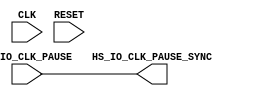
// *********************************************************************/ 
// Copyright (c) 2019 Microsemi Corporation.  All rights reserved.  
// 
// Any use or redistribution in part or in whole must be handled in 
// accordance with the Microsemi license agreement and must be approved 
// in advance in writing.  
//  
//     
// *********************************************************************


module DDR3_0_DDRPHY_BLK_LANE_0_CTRL_PF_LANECTRL_PAUSE_SYNC( CLK, RESET, HS_IO_CLK_PAUSE, HS_IO_CLK_PAUSE_SYNC );
	
	input CLK, RESET, HS_IO_CLK_PAUSE;
	output HS_IO_CLK_PAUSE_SYNC;

	parameter ENABLE_PAUSE_EXTENSION = 2'b00;

	reg pause_reg_0, pause_reg_1, pause;
	wire pause_sync_0_i;

	generate 
		if( ENABLE_PAUSE_EXTENSION == 3'b000 ) begin : feed
			assign HS_IO_CLK_PAUSE_SYNC = HS_IO_CLK_PAUSE;
		end else if( ENABLE_PAUSE_EXTENSION == 3'b001 ) begin : pipe
			(* HS_IO_CLK_PAUSE_SYNC = 1, syn_keep = 1 *) SLE pause_sync_0(
				.CLK( CLK ),
				.D( HS_IO_CLK_PAUSE ),
				.Q( pause_sync_0_i ),
				.LAT( 1'b0 ),
				.EN( 1'b1 ),
				.ALn( ~RESET ),
				.ADn( 1'b1 ),
				.SLn( 1'b1 ),
				.SD( 1'b0 )
				);

			(* HS_IO_CLK_PAUSE_SYNC = 1, syn_keep = 1 *) SLE pause_sync (
				.CLK( CLK ),
				.D( pause_sync_0_i ),
				.Q( HS_IO_CLK_PAUSE_SYNC ),
				.LAT( 1'b0 ),
				.EN( 1'b1 ),
				.ALn( ~RESET ),
				.ADn( 1'b1 ),
				.SLn( 1'b1 ),
				.SD( 1'b0 )
				);
		end else if ( ENABLE_PAUSE_EXTENSION == 3'b010 ) begin : ext_pipe
			always @(posedge CLK or posedge RESET) begin : ext
				if( RESET == 1'b1 ) begin
					pause_reg_0 <= 1'b0;
					pause_reg_1 <= 1'b0;
					pause <= 1'b0;
				end else begin
					pause_reg_0 <= HS_IO_CLK_PAUSE;
					pause_reg_1 <= pause_reg_0;
					if( HS_IO_CLK_PAUSE == 1'b0 && pause_reg_0 ==1'b1 && pause_reg_1 == 1'b0 )
						pause <= 1'b1; // Extend by 1 cycle if the pulse is less than a cycle
					else
						pause <= HS_IO_CLK_PAUSE;
				end
			end

			(* HS_IO_CLK_PAUSE_SYNC = 1, syn_keep = 1 *) SLE pause_sync (
				.CLK( CLK ),
				.D( pause ),
				.Q( HS_IO_CLK_PAUSE_SYNC ),
				.LAT( 1'b0 ),
				.EN( 1'b1 ),
				.ALn( ~RESET ),
				.ADn( 1'b1 ),
				.SLn( 1'b1 ),
				.SD( 1'b0 )
				);
		end else if ( ENABLE_PAUSE_EXTENSION == 3'b011 ) begin : pipe_fall 
			(* HS_IO_CLK_PAUSE_SYNC = 1, syn_keep = 1 *) SLE pause_sync_0 (
				.CLK( CLK ),
				.D( HS_IO_CLK_PAUSE ),
				.Q( pause_sync_0_i ),
				.LAT( 1'b0 ),
				.EN( 1'b1 ),
				.ALn( ~RESET ),
				.ADn( 1'b1 ),
				.SLn( 1'b1 ),
				.SD( 1'b0 )
				);

			(* HS_IO_CLK_PAUSE_SYNC = 1, syn_keep = 1 *) SLE pause_sync (
				.CLK( ~CLK ),
				.D( pause_sync_0_i ),
				.Q( HS_IO_CLK_PAUSE_SYNC ),
				.LAT( 1'b0 ),
				.EN( 1'b1 ),
				.ALn( ~RESET ),
				.ADn( 1'b1 ),
				.SLn( 1'b1 ),
				.SD( 1'b0 )
				);
		end else if ( ENABLE_PAUSE_EXTENSION == 3'b100 ) begin : ext_pipe_fall 
			always @(posedge CLK or posedge RESET) begin : ext
				if( RESET == 1'b1 ) begin
					pause_reg_0 <= 1'b0;
					pause_reg_1 <= 1'b0;
					pause <= 1'b0;
				end else begin
					pause_reg_0 <= HS_IO_CLK_PAUSE;
					pause_reg_1 <= pause_reg_0;
					if( HS_IO_CLK_PAUSE == 1'b0 && pause_reg_0 ==1'b1 && pause_reg_1 == 1'b0 )
						pause <= 1'b1; // Extend by 1 cycle if the pulse is less than a cycle
					else
						pause <= HS_IO_CLK_PAUSE;
				end
			end

			(* HS_IO_CLK_PAUSE_SYNC = 1, syn_keep = 1 *) SLE pause_sync (
				.CLK( ~CLK ),
				.D( pause ),
				.Q( HS_IO_CLK_PAUSE_SYNC ),
				.LAT( 1'b0 ),
				.EN( 1'b1 ),
				.ALn( ~RESET ),
				.ADn( 1'b1 ),
				.SLn( 1'b1 ),
				.SD( 1'b0 )
				);
		end
	endgenerate

endmodule